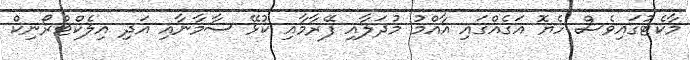
މާކެޓުގައިވެސް ހެޔޮ އަގެއްގައި އާއްމު މުދަލާއި ފޭރާމާއި ކުޅޭ ސާމާނާއި އަދި އިލެކްޓްރޯނިކް